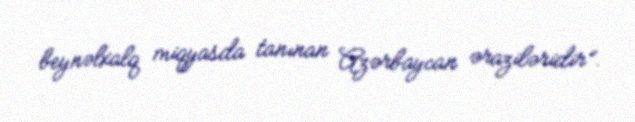
beynəlxalq miqyasda tanınan Azərbaycan əraziləridir”.